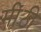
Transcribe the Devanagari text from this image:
मींठी